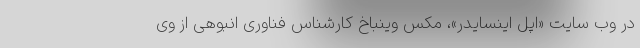
در وب سایت «اپل اینسایدر»، مکس وینباخ کارشناس فناوری انبوهی از وی